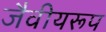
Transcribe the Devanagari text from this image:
जैवीयरूप